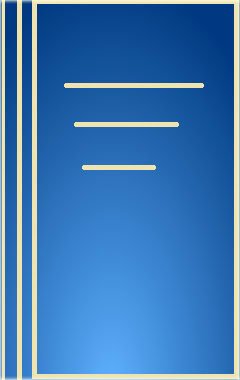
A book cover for Alkaloids: Chemical and Biological Perspectives, Vol. 6; Science & Math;